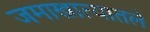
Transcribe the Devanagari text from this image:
जमाखात्यातले